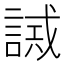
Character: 𧪖